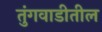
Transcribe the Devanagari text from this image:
तुंगवाडीतील